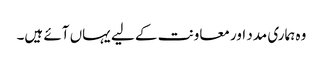
وہ ہماری مدد اور معاونت کے لیے یہاں آئے ہیں۔